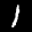
Label: 1